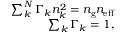
\begin{array} { r } { \sum _ { k } ^ { N } \Gamma _ { k } n _ { k } ^ { 2 } = n _ { \mathrm { g } } n _ { \mathrm { e f f } } } \\ { \sum _ { k } \Gamma _ { k } = 1 , } \end{array}